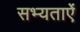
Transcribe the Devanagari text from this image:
सभ्यताऐं